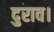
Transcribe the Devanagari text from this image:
दुराव।